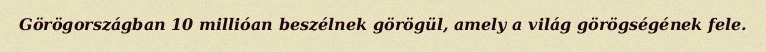
Görögországban 10 millióan beszélnek görögül, amely a világ görögségének fele.